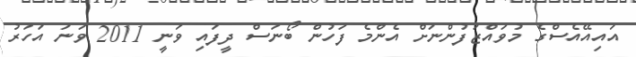
އައިއޭއެސްގެ މުވައްޒަފުންނަށް އެންމެ ފަހުން ބޯނަސް ދީފައި ވަނީ 2011 ވަނަ އަހަރު